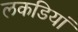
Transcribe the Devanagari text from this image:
लकडियां